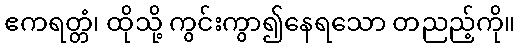
ဧကရတ္တံ၊ ထိုသို့ ကွင်းကွာ၍နေရသော တညည့်ကို။